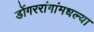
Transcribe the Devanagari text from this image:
डोंगररांगांमधल्या